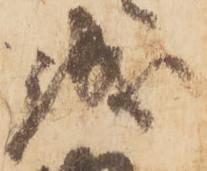
誠